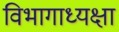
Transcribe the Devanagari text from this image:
विभागाध्यक्षा